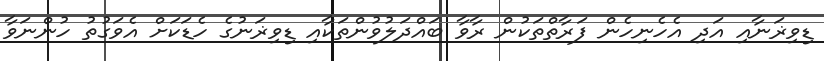
ޑިވިޜަނާއި އަދި އެހެނިހެން ފަރާތްތަކުން ރާވާ ބައްދަލުވުންތަކާއި ޑިވިޜަނުގެ ހެޑަކަށް އެވަގުތު ހުންނަވާ